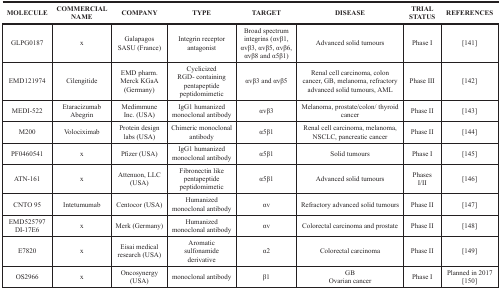
| MOLECULE | COMMERCIAL NAME | COMPANY | TYPE | TARGET | DISEASE | TRIAL STATUS | REFERENCES |
 | --- | --- | --- | --- | --- | --- | --- | --- |
 | GLPG0187 | x | Galapagos SASU (France) | Integrin receptor antagonist | Broad spectrum integrins (αvβ1, αvβ3, αvβ5, αvβ6, αvβ8 and α5β1) | Advanced solid tumours | Phase I | [141] |
 | EMD121974 | Cilengitide | EMD pharm.Merck KGaA(Germany) | Cyclicized RGD- containing pentapeptidepeptidomimetic | αvβ3 and αvβ5 | Renal cell carcinoma, colon cancer, GB, melanoma, refractory advanced solid tumours, AML | Phase III | [142] |
 | MEDI-522 | EtaracizumabAbegrin | Medimmune Inc. (USA) | IgG1 humanized monoclonal antibody | αvβ3 | Melanoma, prostate/colon/ thyroid cancer | Phase II | [143] |
 | M200 | Volociximab | Protein design labs (USA) | Chimeric monoclonal antibody | α5β1 | Renal cell carcinoma, melanoma, NSCLC, pancreatic cancer | Phase II | [144] |
 | PF0460541 | x | Pfizer (USA) | IgG1 humanized monoclonal antibody | α5β1 | Solid tumours | Phase I | [145] |
 | ATN-161 | x | Attenuon, LLC (USA) | Fibronectin like pentapeptide peptidomimetic | α5β1 | Advanced solid tumours | Phases I/II | [146] |
 | CNTO 95 | Intetumumab | Centocor (USA) | Humanized monoclonal antibody | αv | Refractory advanced solid tumours | Phase II | [147] |
 | EMD525797DI-17E6 | x | Merk (Germany) | Humanized monoclonal antibody | αv | Colorectal carcinoma and prostate | Phase II | [148] |
 | E7820 | x | Eisai medical research (USA) | Aromatic sulfonamide derivative | α2 | Colorectal carcinoma | Phase II | [149] |
 | OS2966 | x | Oncosynergy (USA) | monoclonal antibody | β1 | GBOvarian cancer | Phase I | Planned in 2017 [150] |